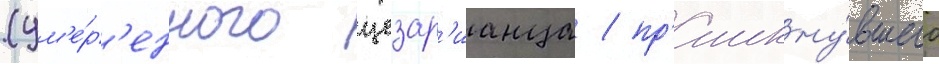
(ум'е́р'енного цезар'ианца / пр'имкну́вшего